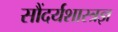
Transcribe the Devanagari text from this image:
सौंदर्यशास्त्रज्ञ